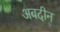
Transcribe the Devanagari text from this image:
अबदीन